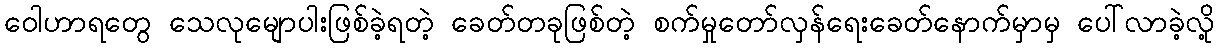
ဝေါဟာရတွေ သေလုမျောပါးဖြစ်ခဲ့ရတဲ့ ခေတ်တခုဖြစ်တဲ့ စက်မှုတော်လှန်ရေးခေတ်နောက်မှာမှ ပေါ်လာခဲ့လို့